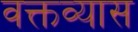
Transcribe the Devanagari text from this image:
वक्तव्यास